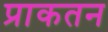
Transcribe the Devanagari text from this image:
प्राकतन